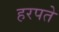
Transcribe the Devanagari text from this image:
हरपते